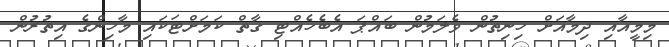
މިމީއާއި ދިމާއަށް ހިނިތުން ވެލަމުން ބައްޕަ އެބެހެއްޓި ގާތް ކަމަށްޓަކައި މާހިންގެ އިތުރުން